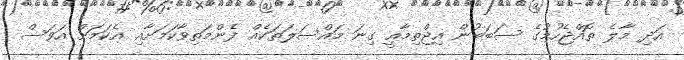
އަދި މާލެ ތޮއްޖެހުމުގެ ސަބަބުން އިޖްތިމާއީ ގިނަ މައްސަލަތަކެއް ފެންމަތިވާކަމަށާއި އެކަމަށް އަވަސް